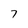
Character: 7